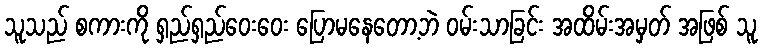
သူသည် စကားကို ရှည်ရှည်ဝေးဝေး ပြောမနေတော့ဘဲ ဝမ်းသာခြင်း အထိမ်းအမှတ် အဖြစ် သူ